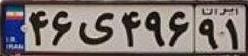
۴۶ی۴۹۶۹۱